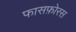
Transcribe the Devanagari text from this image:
फासफ़ोरस